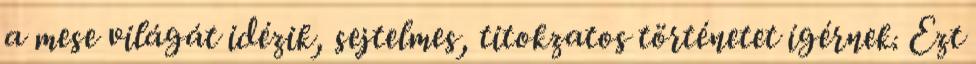
a mese világát idézik, sejtelmes, titokzatos történetet ígérnek. Ezt